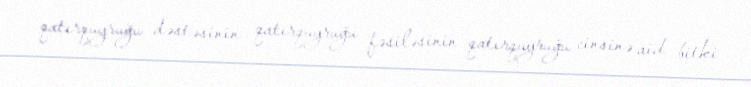
qatırquyruğu dəstəsinin qatırquyruğu fəsiləsinin qatırquyruğu cinsinə aid bitki